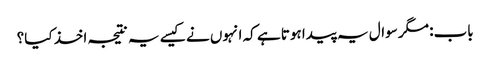
باب: مگر سوال یہ پیدا ہوتا ہے کہ انہوں نے کیسے یہ نتیجہ اخذ کیا؟